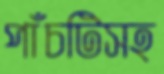
পাঁচটিসহ